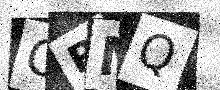
Text: CRMQ